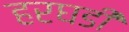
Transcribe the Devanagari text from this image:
हरघडी